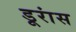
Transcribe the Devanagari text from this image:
डूरांस